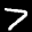
Label: 7